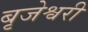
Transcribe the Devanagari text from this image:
बृजेश्वरी